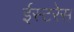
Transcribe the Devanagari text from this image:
ईस्टरेस